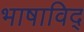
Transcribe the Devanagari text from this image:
भाषाविद्‍